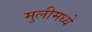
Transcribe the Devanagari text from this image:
मुलीमध्ये